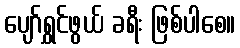
ပျော်ရွှင်ဖွယ် ခရီး ဖြစ်ပါစေ။